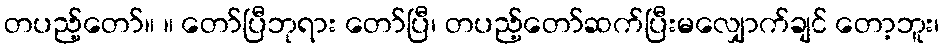
တပည့်တော်။ ။ တော်ပြီဘုရား တော်ပြီ၊ တပည့်တော်ဆက်ပြီးမလျှောက်ချင် တော့ဘူး၊